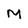
Character: M